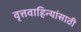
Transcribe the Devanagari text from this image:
वृत्तवाहिन्यांसाठी